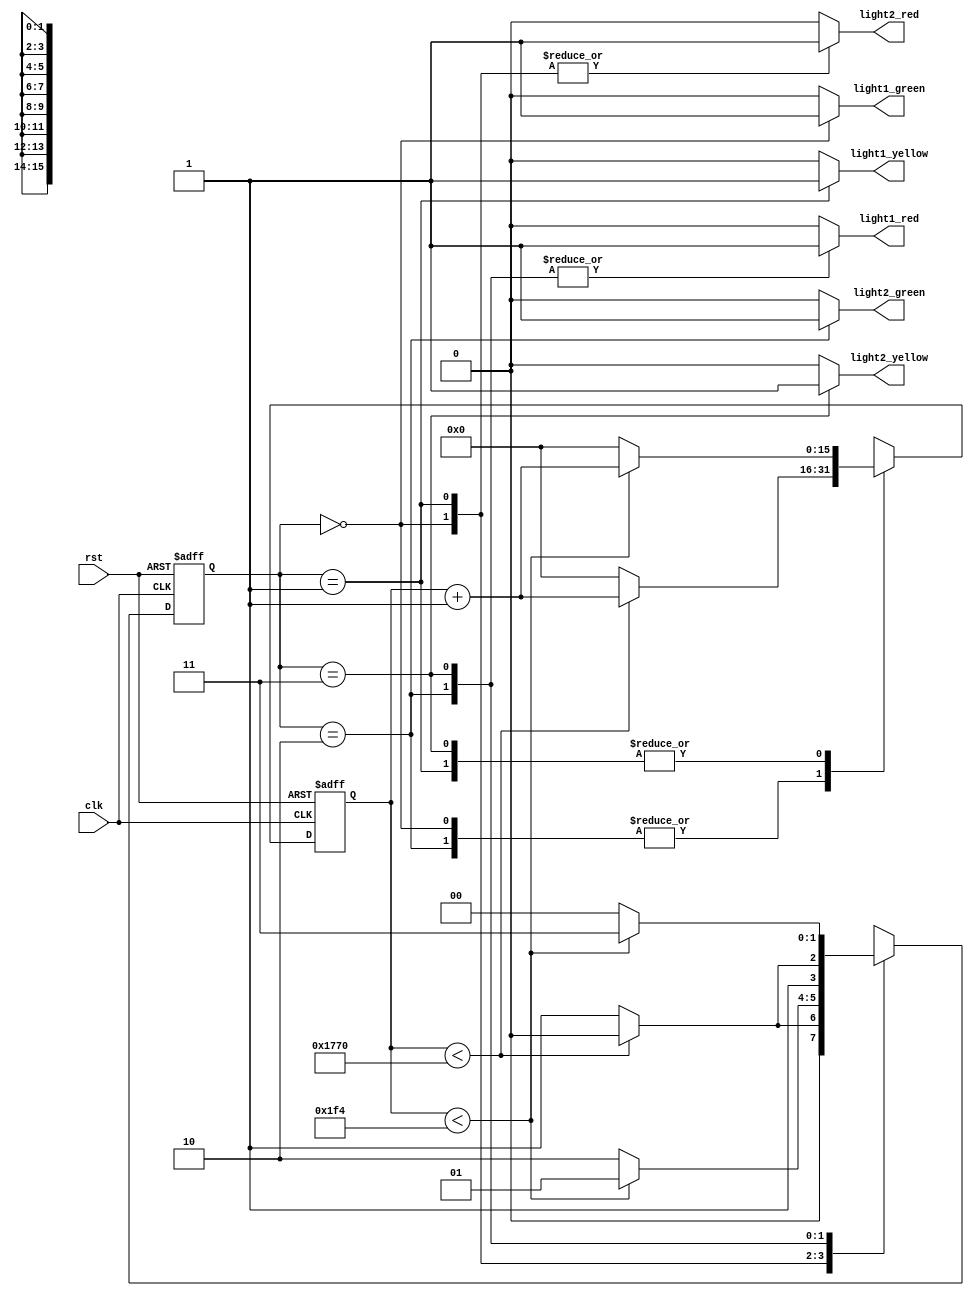
module trafficlight_controller (input wire clk,
                                input wire rst,
                                output reg light1_green,
                                output reg light1_red,
                                output reg light1_yellow,
                                output reg light2_green,
                                output reg light2_red,
                                output reg light2_yellow);


  reg [1:0] current_state;
  reg [1:0] next_state;
  reg [15:0] counter_value;

  localparam F100HZ_DELAY_60SEC_CC_CNT = 16'd6000;
  localparam F100HZ_DELAY_5SEC_CC_CNT = 16'd500;

  localparam  STATE_GR = 2'b00;
  localparam  STATE_YR = 2'b01;
  localparam  STATE_RG = 2'b10;
  localparam  STATE_RY = 2'b11;

  // Current state s(k) = delay[s(k+1)], where s(k+1) = next state
  always @ ( posedge clk, posedge rst ) begin
    if( rst )
      begin
        current_state <= STATE_GR;
      end
    else
      begin
        current_state <= next_state;
      end
  end

  // Counter for time delays
  always @ (  posedge clk, posedge rst ) begin
  if( rst )
    begin
      counter_value <= 16'b0;
    end
  else
    begin
      case (current_state)
        STATE_GR, STATE_RG:
          // Wait for 60 sec
          if( counter_value < F100HZ_DELAY_60SEC_CC_CNT )
            counter_value <= counter_value + 1'b1;
          else
            counter_value <= 16'b0;

        STATE_YR, STATE_RY:
          // Wait for 5 sec
          if( counter_value < F100HZ_DELAY_5SEC_CC_CNT )
            counter_value <= counter_value + 1'b1;
          else
            counter_value <= 16'b0;
      endcase
    end
  end

  // Next State function: s(k+1) = f[i(k), s(k)]
  always @ ( * ) begin
    case (current_state)
      STATE_GR:
        // Wait for 60 sec
        if( counter_value < F100HZ_DELAY_60SEC_CC_CNT )
          next_state <= STATE_GR;
        else
          next_state <= STATE_YR;

      STATE_YR:
        // Wait for 5 sec
        if( counter_value < F100HZ_DELAY_5SEC_CC_CNT )
          next_state <= STATE_YR;
        else
          next_state <= STATE_RG;

      STATE_RG:
        // Wait for 60 sec
        if( counter_value < F100HZ_DELAY_60SEC_CC_CNT )
          next_state <= STATE_RG;
        else
          next_state <= STATE_RY;

      STATE_RY:
        // Wait for 5 sec
        if( counter_value < F100HZ_DELAY_5SEC_CC_CNT )
          next_state <= STATE_RY;
        else
          next_state <= STATE_GR;

      default:
        next_state <= STATE_GR;
    endcase
  end

  // Output function : o(k) = g[s(k)]
  always @ ( * ) begin
    // default all lights OFF
    light1_green  <= 1'b0;
    light1_red    <= 1'b0;
    light1_yellow <= 1'b0;
    light2_green  <= 1'b0;
    light2_red    <= 1'b0;
    light2_yellow <= 1'b0;

    case (current_state)
      STATE_GR:
        begin
          light1_green <= 1'b1;
          light2_red   <= 1'b1;
        end

      STATE_YR:
        begin
          light1_yellow <= 1'b1;
          light2_red <= 1'b1;
        end

      STATE_RG:
        begin
          light1_red <= 1'b1;
          light2_green <=1'b1;
        end

      STATE_RY:
        begin
          light1_red <= 1'b1;
          light2_yellow <= 1'b1;
        end

      default:
        begin
          light1_green  <= 1'b1;
          light1_red    <= 1'b1;
          light1_yellow <= 1'b1;
          light2_green  <= 1'b1;
          light2_red    <= 1'b1;
          light2_yellow <= 1'b1;
        end
    endcase
  end


endmodule